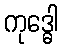
ကုဒ္ဓေါ